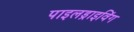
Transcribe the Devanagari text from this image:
पाइलड्राइविंग